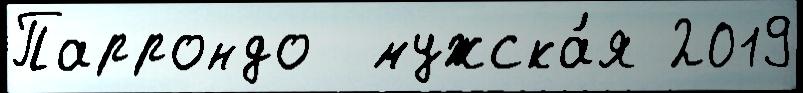
Паррондо  мужска́я 2019